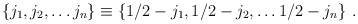
\begin{align*}\{j_1,j_2,\dots j_n\} \equiv \{1/2-j_1,1/2-j_2,\dots 1/2-j_n\}\ .\end{align*}